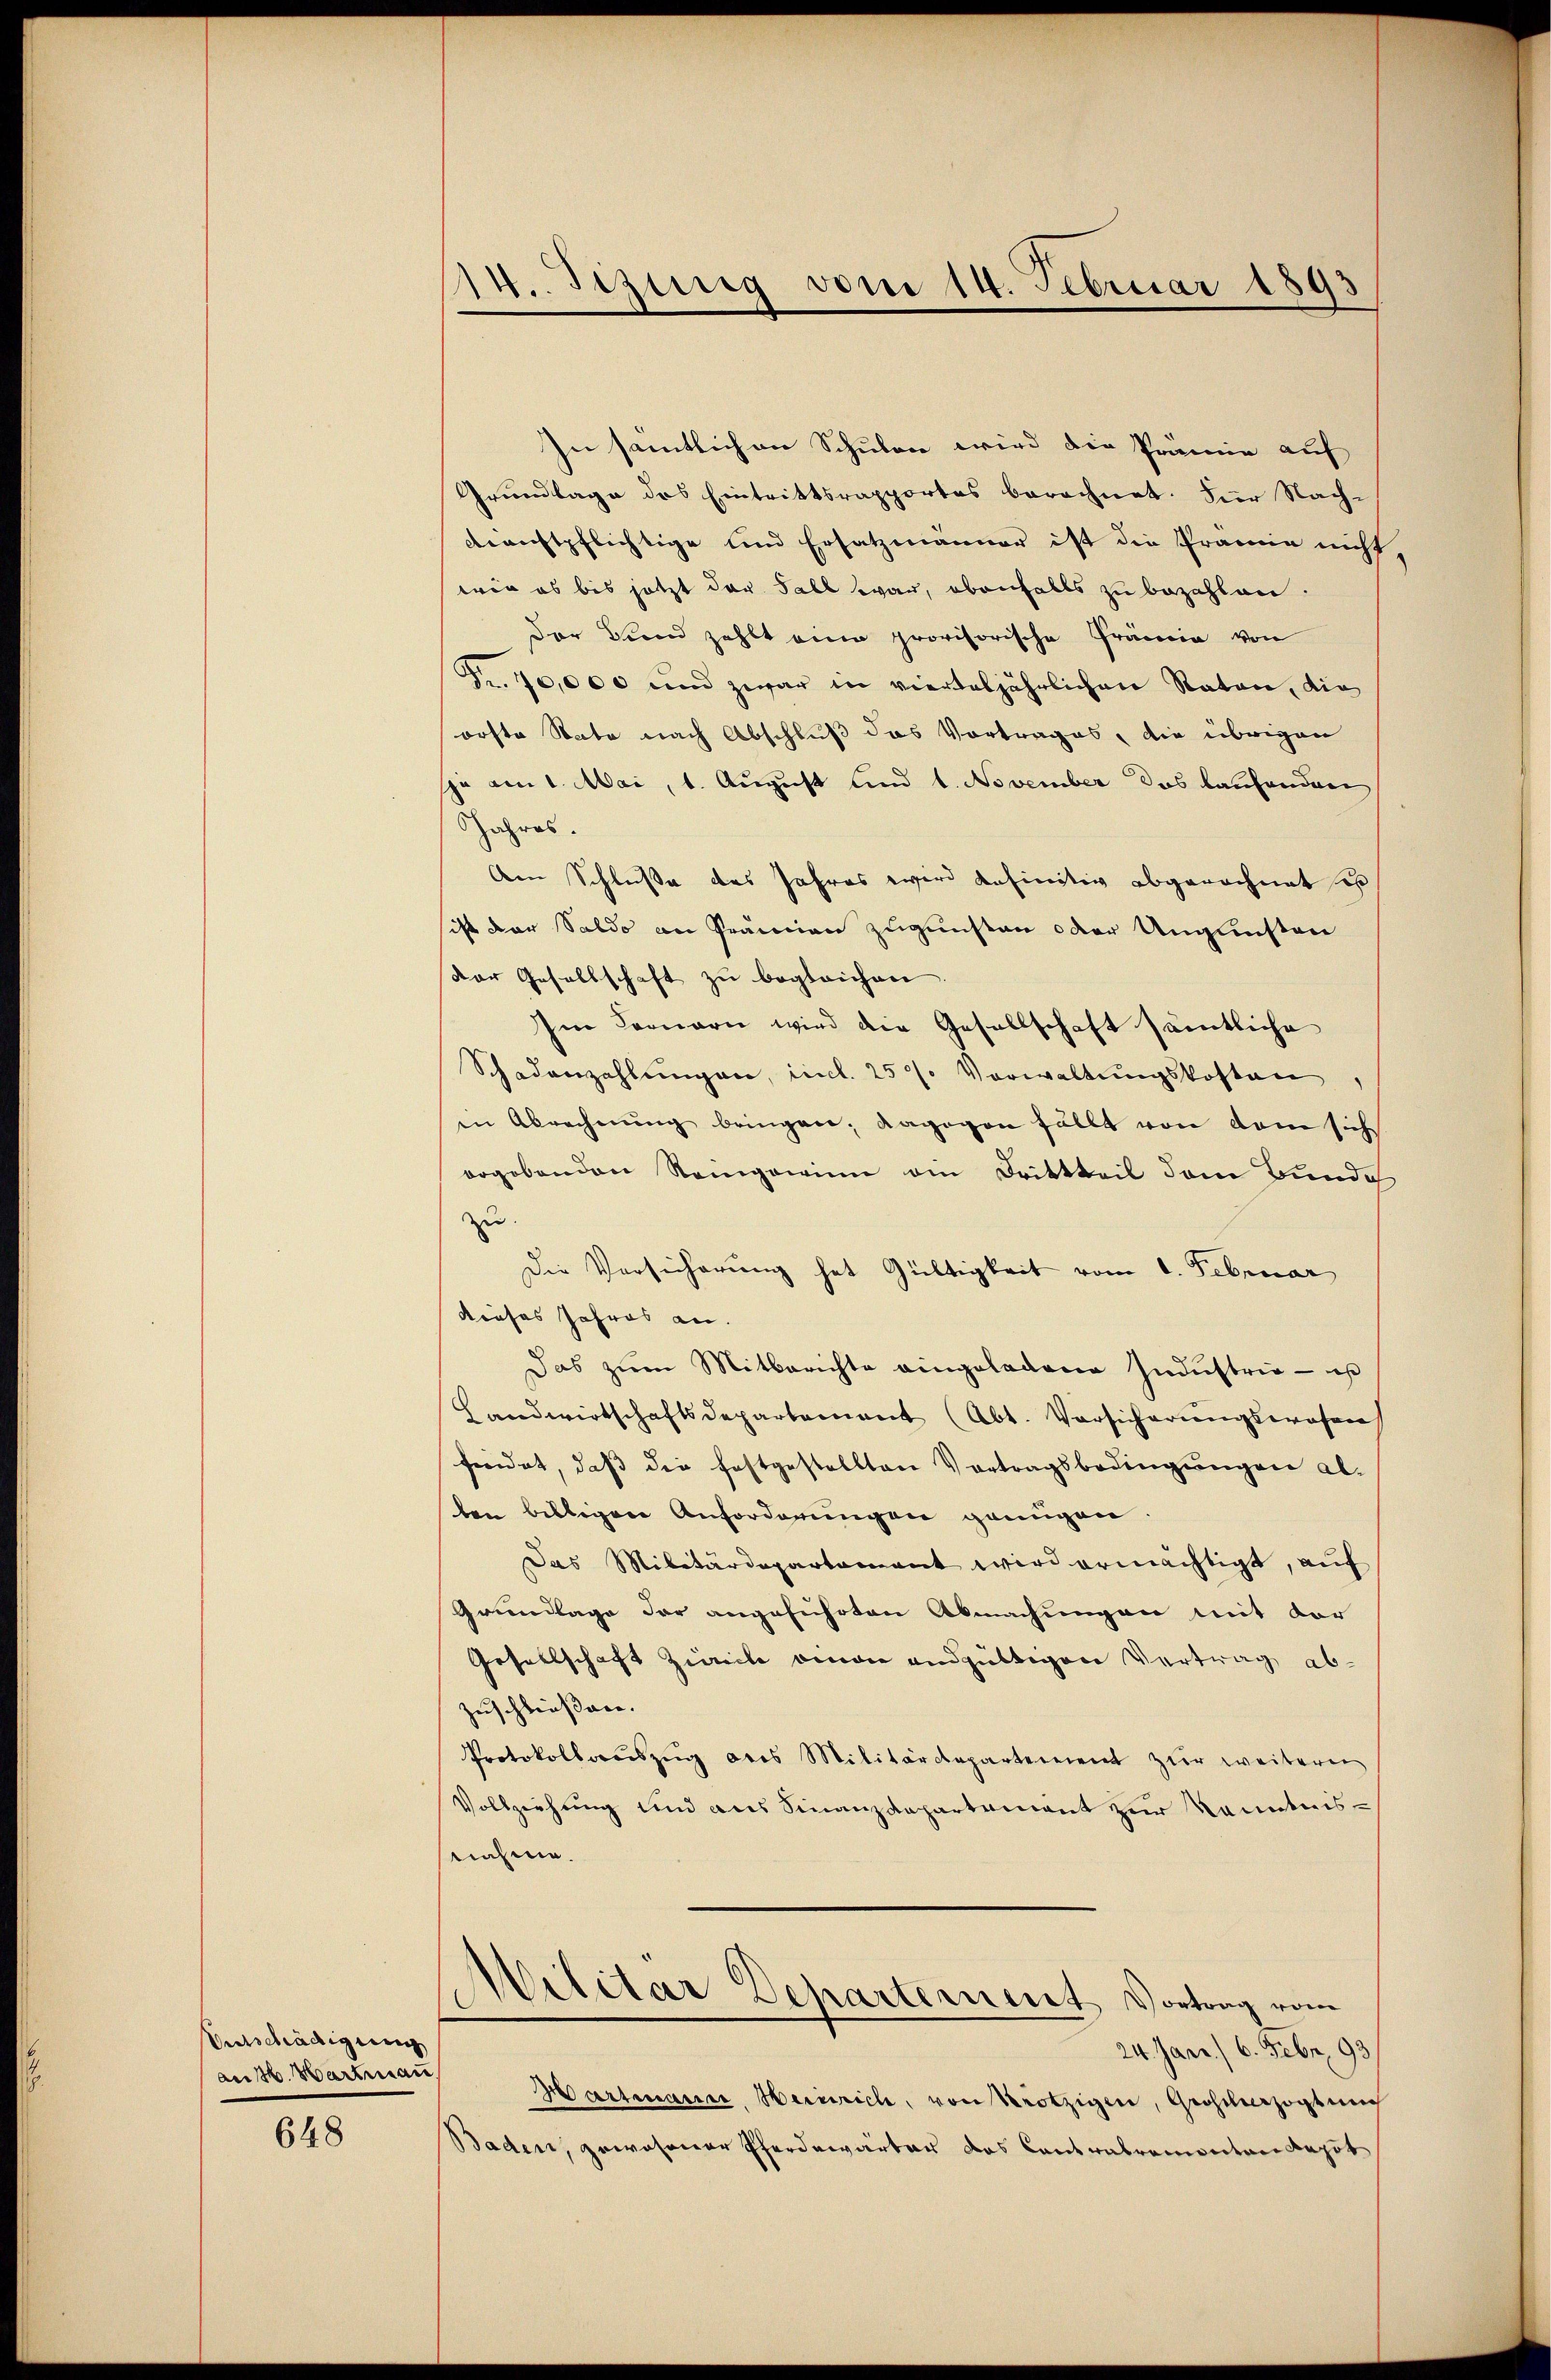
Entschädigung
aus. Hartmann

648

In sämtlichen Schulen wird die Prämie auf
Grundlage des Eintrittsrapportes berechnet. Für Nachdienstpflichtige und Ersatzmänner ist die Prämie nicht,
wie es bis jetzt der Fall war, ebenfalls zu bezahlen.
Der Fund zahlt eine provisorische Prämie von
Fr. 70,000 und zwar in vierteljährlichen Raten, die
orste Nate nach Abschluß das Vortrages, die übrigen
sja am 1. Mai, 1. August und 1. November das Bauhanden
Jahres.
Am Schluße das Jahres wird definitiv abgerechnet es
ist der Saldo an Prämien zugunsten oder Ungunsten
der Gesellschaft zu begleichen
Im Leonarie wird die Gesellschaft sämtliche
Schadenzahlungen, incl. 25. Vorwaltungskosten
in Abrechnŭng bringen; dagegen fällt von dem sich
ergebenden Reingewinn ein Dritteil dem Bunde
zu
Die Versicherung hat Gültigkeit vom 1. Februar
dieses Jahres an.
Das zum Mitberichte eingeladene Indŭstrie - us
Landwirtschaftsdepartement (Abt. Vorsicherŭngswesen
freidet, daß die festgestellten Vortragsbedingungen alben billigen Anforderungen genügen
Das Militärdepartament wird ermächtigt, auf
Grundlage der angeführten Abmachungen mit der
Gesellschaft Zivile omnen endgültigen Vertrag ab¬
Zuschliessere.
Protokollaŭszŭg des Militärdepartement zŭr weitern
Vollziehung und als Finanzdepartement zur kanntnis-
nahme.
Militar Departement Vortrag vom
24. Janr. / 6. Febr. 193
Hartmann, Heinrich, von Trotzigen, Groscherzogtung
Baden, gewesener Pferdewarter das Contralremontan Depot

14. Sitzung vom 14. Februar 1893